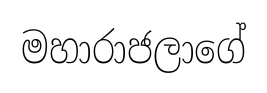
මහාරාජලාගේ